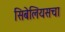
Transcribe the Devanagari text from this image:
सिबेलियसचा